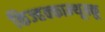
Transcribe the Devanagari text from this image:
किज्हक्काम्थूक्कू